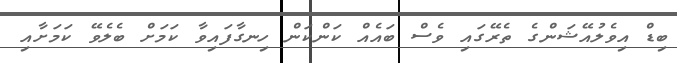
ބިޑް އިވެލުއޭޝަންގެ ތެރޭގައި ވެސް ބައެއް ކަންކަން ހިނގާފައިވާ ކަމަށް ބެލެވޭ ކަމަށާއި